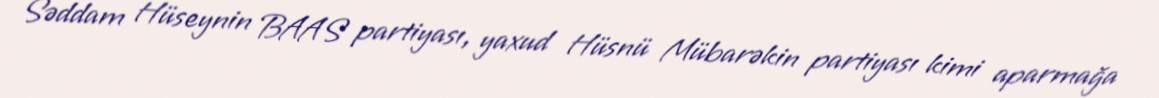
Səddam Hüseynin BAAS partiyası, yaxud Hüsnü Mübarəkin partiyası kimi aparmağa